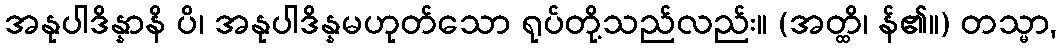
အနုပါဒိန္နာနိ ပိ၊ အနုပါဒိန္နမဟုတ်သော ရုပ်တို့သည်လည်း။ (အတ္ထိ၊ န်၏။) တသ္မာ,